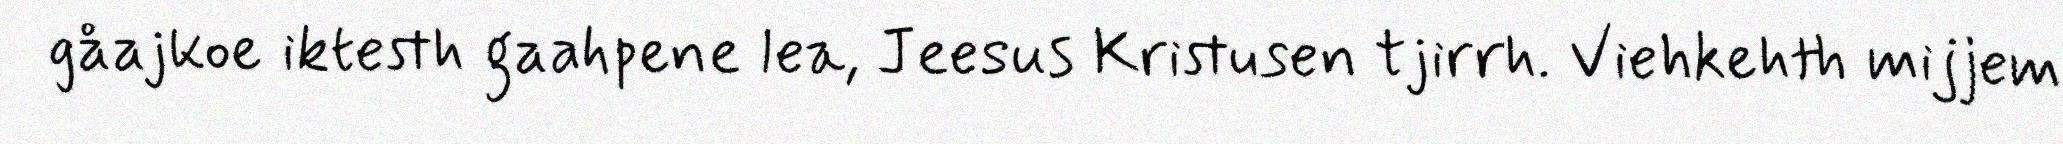
gåajkoe iktesth gaahpene lea, Jeesus Kristusen tjirrh. Viehkehth mijjem